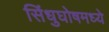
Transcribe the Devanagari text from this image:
सिंधुघोषमध्ये